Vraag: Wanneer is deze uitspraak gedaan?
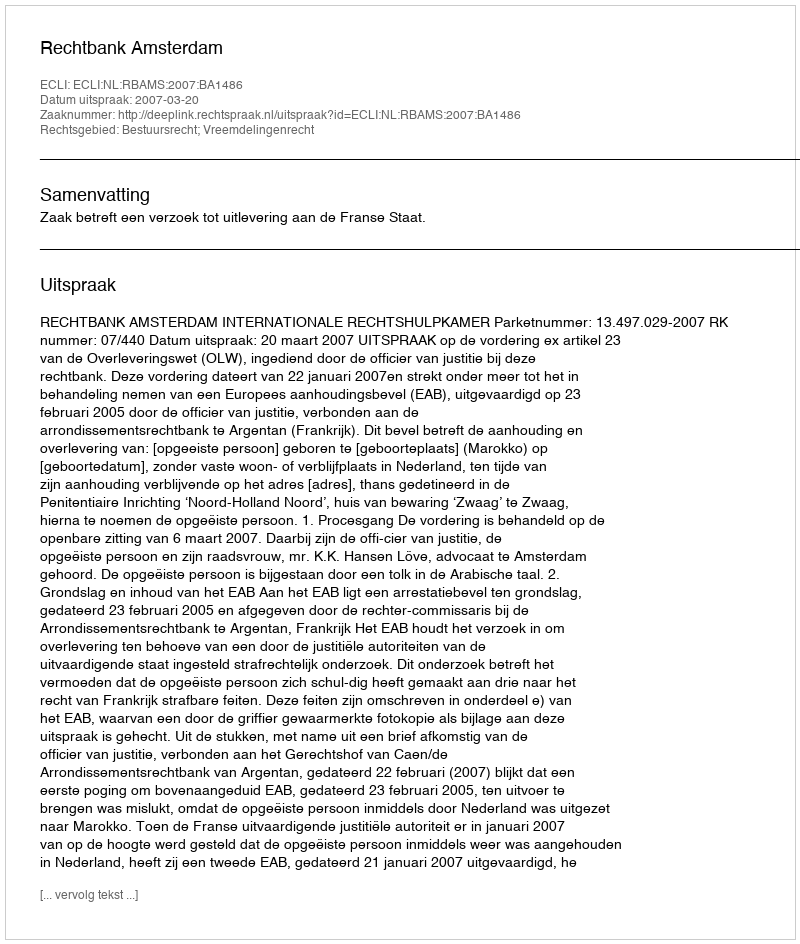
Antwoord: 2007-03-20